Civil Veterinary Department. Madras. Admin. report 1926-33 - 1926-1933
Year: 1926
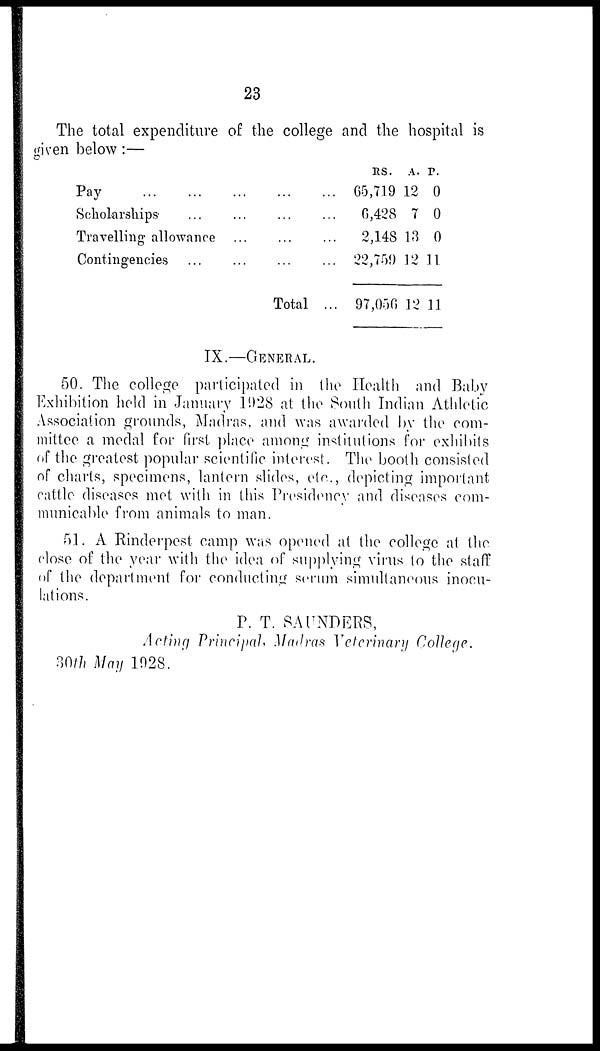
23
The total expenditure of the college and the hospital is
given below:—
Pay
...
...
...
... ...
Scholarships
...
...
... ...
Travelling allowance ...
... ...
Contingencies
...
...
...
...
Total ...
RS.
65,719
6,428
2,148
22,759
97,056
A.
12
7
13
12
12
P.
0
0
0
11
11
IX.—GENERAL.
50. The college participated in the Health and Baby
Exhibition held in January 1928 at the South Indian Athletic
Association grounds, Madras, and was awarded by the com-
mittee a medal for first place among institutions for exhibits
of the greatest popular scientific interest. The booth consisted
of charts, specimens, lantern slides, etc., depicting important
cattle diseases met with in this Presidency and diseases com-
municable from animals to man.
61. A Rinderpest camp was opened at the college at the.
close of the year with the idea of supplying virus to the staff
of the department for conducting serum simultaneous inocu-
lations.
P. T. SAUNDERS,
Acting Principal, Madras Veterinary College.
30th May 1028.